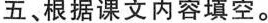
五、根据课文内容填空。